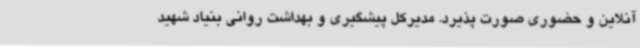
آنلاین و حضوری صورت پذیرد. مدیرکل پیشگیری و بهداشت روانی بنیاد شهید